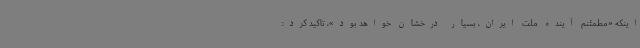
اینکه «مطمئنم آینده ملت ایران، بسیار درخشان خواهد بود»، تاکید کرد: